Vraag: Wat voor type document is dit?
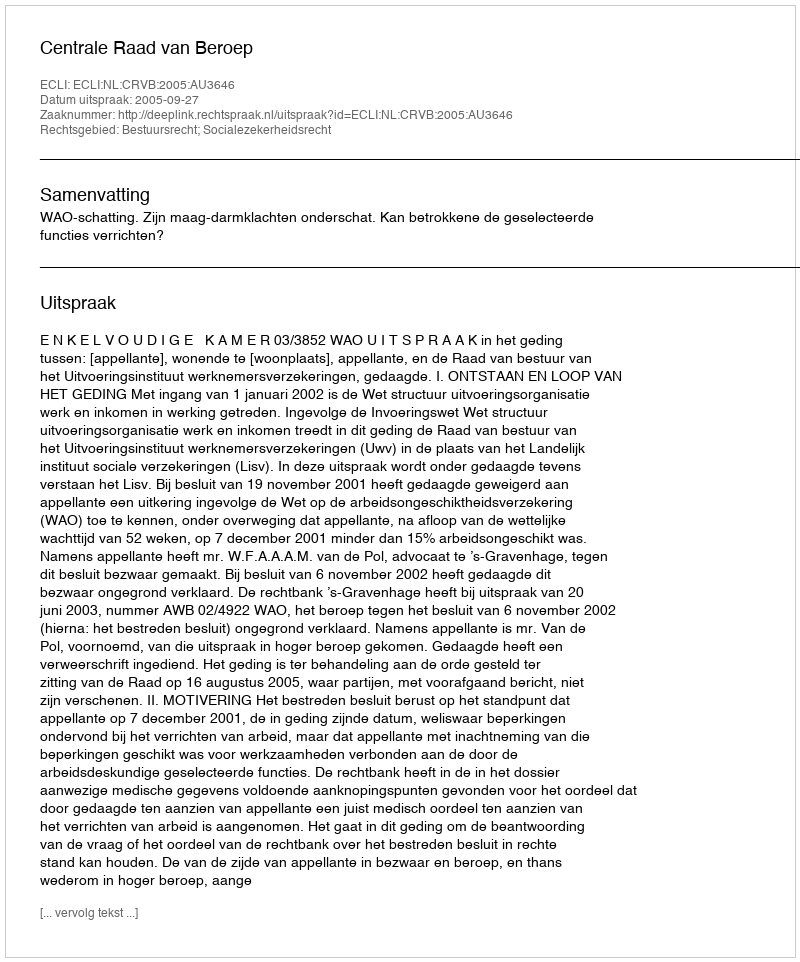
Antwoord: Uitspraak